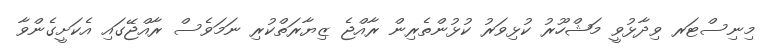
މިނިސްޓަރ ވިދާޅުވީ މަޝްހޫރު ކުޅިވަރު ކުޅުންތެރިން ރާއްޖެ ޒިޔާރަތްކުރި ނަމަވެސް ރާއްޖޭގައި އެކަށީގެންވާ